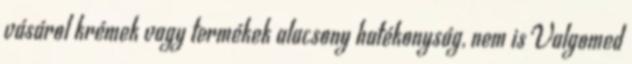
vásárol krémek vagy termékek alacsony hatékonyság, nem is Valgomed